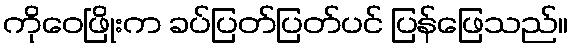
ကိုဝေဖြိုးက ခပ်ပြတ်ပြတ်ပင် ပြန်ဖြေသည်။